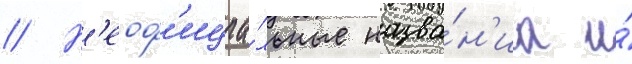
// Н'еоф'ициа́льные назва́н'иа и́